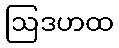
ဩဒဟထ